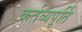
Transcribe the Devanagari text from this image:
कर्तव्यपूर्ति